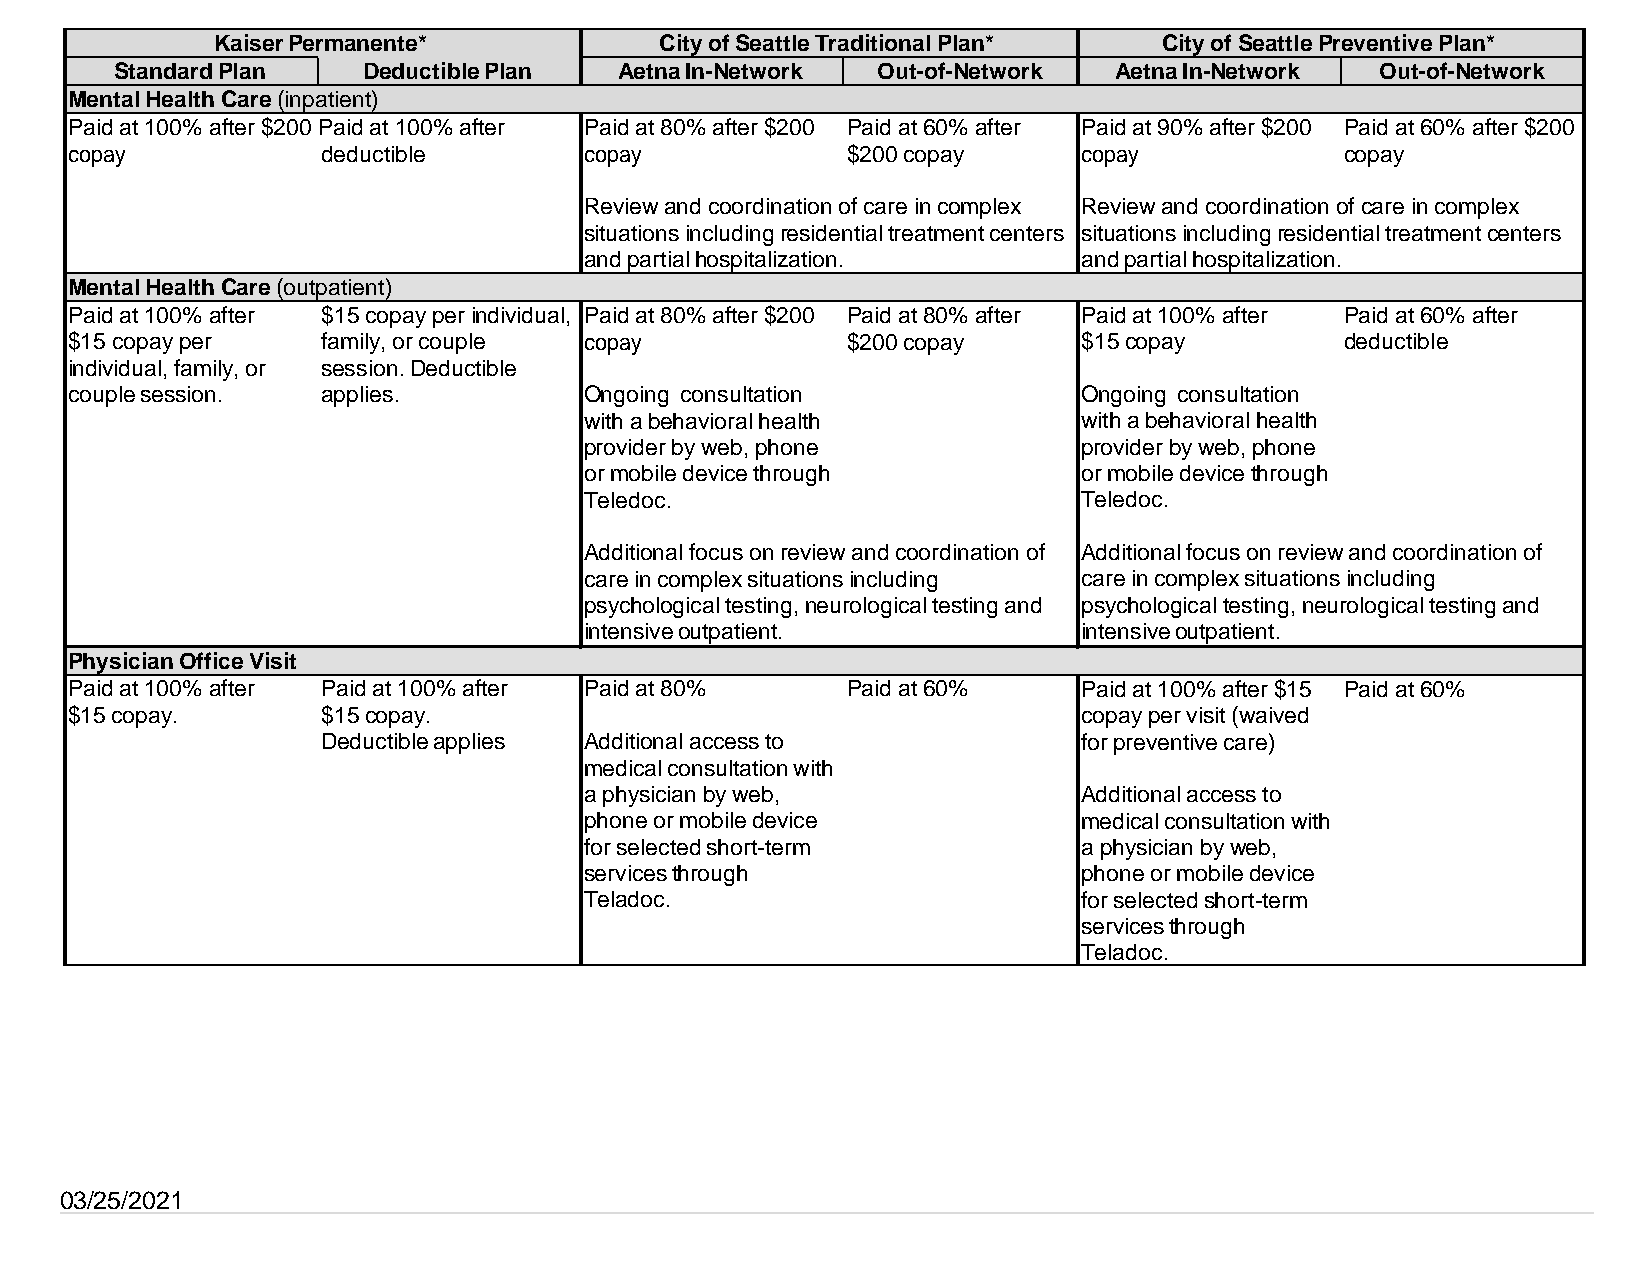
Kaiser Permanente*            City of Seattle Traditional Plan* City of Seattle Preventive Plan*
 Standard Plan   Deductible Plan  Aetna In-Network Out-of-Network  Aetna In-Network Out-of-Network
 Mental Health Care (inpatient)
 Paid at 100% after $200 Paid at 100% after Paid at 80% after $200 Paid at 60% after Paid at 90% after $200 Paid at 60% after $200
 copay            deductible        copay            $200 copay      copay            copay
 Review and coordination of care in complex Review and coordination of care in complex
 situations including residential treatment centers situations including residential treatment centers
 and partial hospitalization.     and partial hospitalization.
 Mental Health Care (outpatient)
 Paid at 100% after $15 copay per individual, Paid at 80% after $200 Paid at 80% after Paid at 100% after Paid at 60% after
 $15 copay per    family, or couple copay            $200 copay      $15 copay        deductible
 individual, family, or session. Deductible
 couple session.  applies.          Ongoing consultation             Ongoing consultation
 with a behavioral health         with a behavioral health
 provider by web, phone           provider by web, phone
 or mobile device through         or mobile device through
 Teledoc.                         Teledoc.
 Additional focus on review and coordination of Additional focus on review and coordination of
 care in complex situations including care in complex situations including
 psychological testing, neurological testing and psychological testing, neurological testing and
 intensive outpatient.            intensive outpatient.
 Physician Office Visit
 Paid at 100% after Paid at 100% after Paid at 80%   Paid at 60%     Paid at 100% after $15 Paid at 60%
 $15 copay.       $15 copay.                                         copay per visit (waived
 Deductible applies Additional access to            for preventive care)
 medical consultation with
 a physician by web,              Additional access to
 phone or mobile device           medical consultation with
 for selected short-term          a physician by web,
 services through                 phone or mobile device
 Teladoc.                         for selected short-term
 services through
 Teladoc.
 03/25/2021